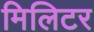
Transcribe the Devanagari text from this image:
मिलिटर